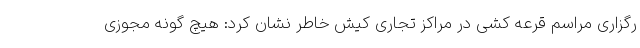
رگزاری مراسم قرعه کشی در مراکز تجاری کیش خاطر نشان کرد: هیچ گونه مجوزی